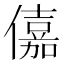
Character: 𠏼